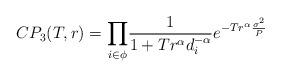
LaTeX: \begin{align*}CP_3(T,r) =\underset{i \in \phi}\prod \frac{1}{1+T r^\alpha d_i^{-\alpha} }e^{-T r^{\alpha}\frac{\sigma^2}{P}} \end{align*}